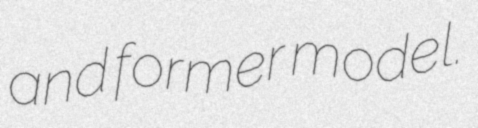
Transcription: and former model.